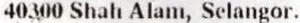
40300 SHAH ALAM, SELANGOR.